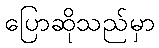
ပြောဆိုသည်မှာ